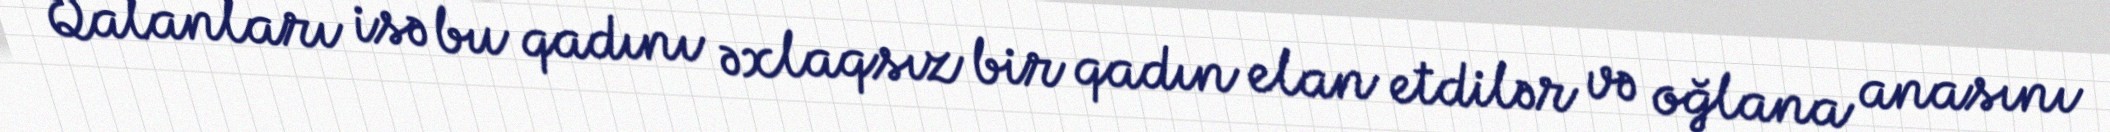
Qalanları isə bu qadını əxlaqsız bir qadın elan etdilər və oğlana anasını